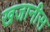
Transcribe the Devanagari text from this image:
खजानीस